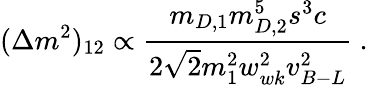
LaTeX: (\Delta m^{2})_{12}\propto{\frac{m_{D,1}m_{D,2}^{5}s^{3}c}{2\sqrt{2}m_{1}^{2}w_{wk}^{2}v_{B-L}^{2}}}~.